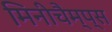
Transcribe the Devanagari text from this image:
मिनीचैम्प्स